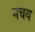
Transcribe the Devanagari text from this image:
मचय